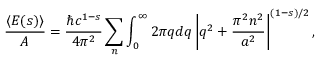
{ \frac { \langle E ( s ) \rangle } { A } } = { \frac { \hbar c ^ { 1 - s } } { 4 \pi ^ { 2 } } } \sum _ { n } \int _ { 0 } ^ { \infty } 2 \pi q d q \left\vert q ^ { 2 } + { \frac { \pi ^ { 2 } n ^ { 2 } } { a ^ { 2 } } } \right\vert ^ { ( 1 - s ) / 2 } ,